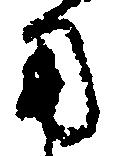
用